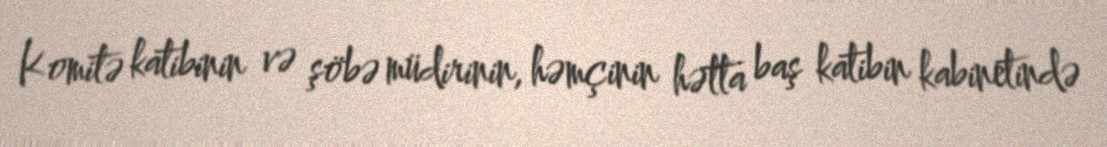
Komitə katibinin və şöbə müdirinin, həmçinin hətta baş katibin kabinetində